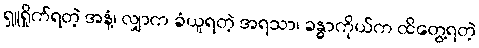
ရှူရှိုက်ရတဲ့ အနံ့၊ လျှာက ခံယူရတဲ့ အရသာ၊ ခန္ဓာကိုယ်က ထိတွေ့ရတဲ့